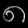
Digit: ၈